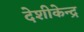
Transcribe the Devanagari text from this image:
देशीकेन्द्र